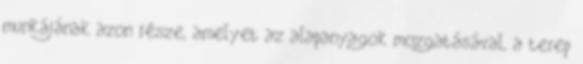
munkájának azon része, amelyet az alapanyagok mozgatásával, a terep